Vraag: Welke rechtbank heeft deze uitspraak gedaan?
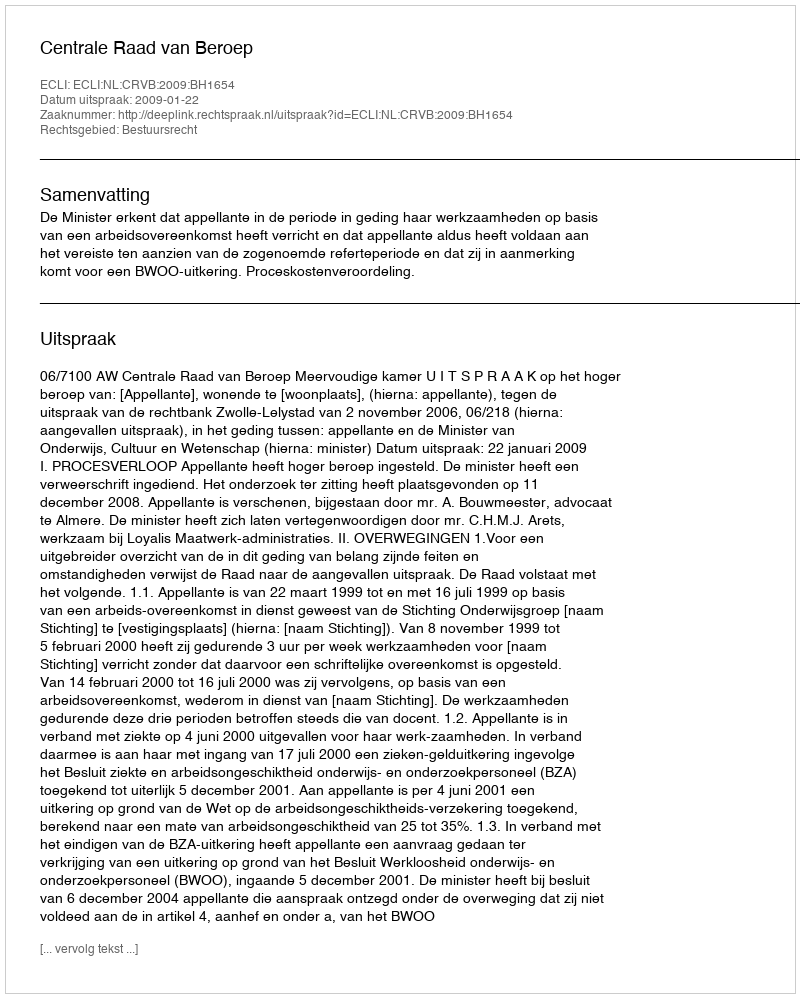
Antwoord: Centrale Raad van Beroep